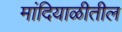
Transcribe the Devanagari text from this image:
मांदियाळीतील